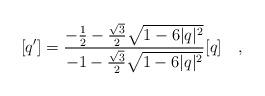
LaTeX: \begin{align*}[q']=\frac{-\frac{1}{2}-\frac{\sqrt{3}}{2}\sqrt{1-6|q|^{2}}}{-1-\frac{\sqrt{3}}{2}\sqrt{1-6|q|^{2}}}[q] ~~~,\end{align*}